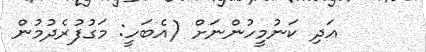
އަދި ކަނުމީހުންނަށް (އެބަހީ: މަގުފުރެދުމުން